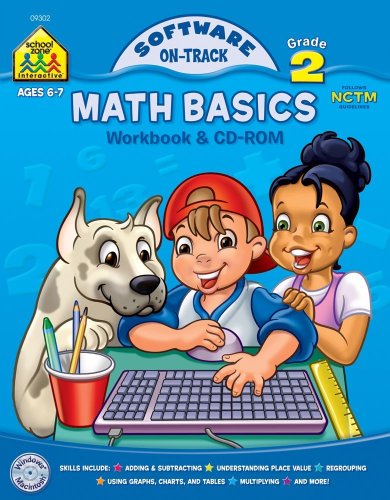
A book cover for Math Basics, Grade 2 (School Zone Interactive); School Zone Pub. Co.; Children's Books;